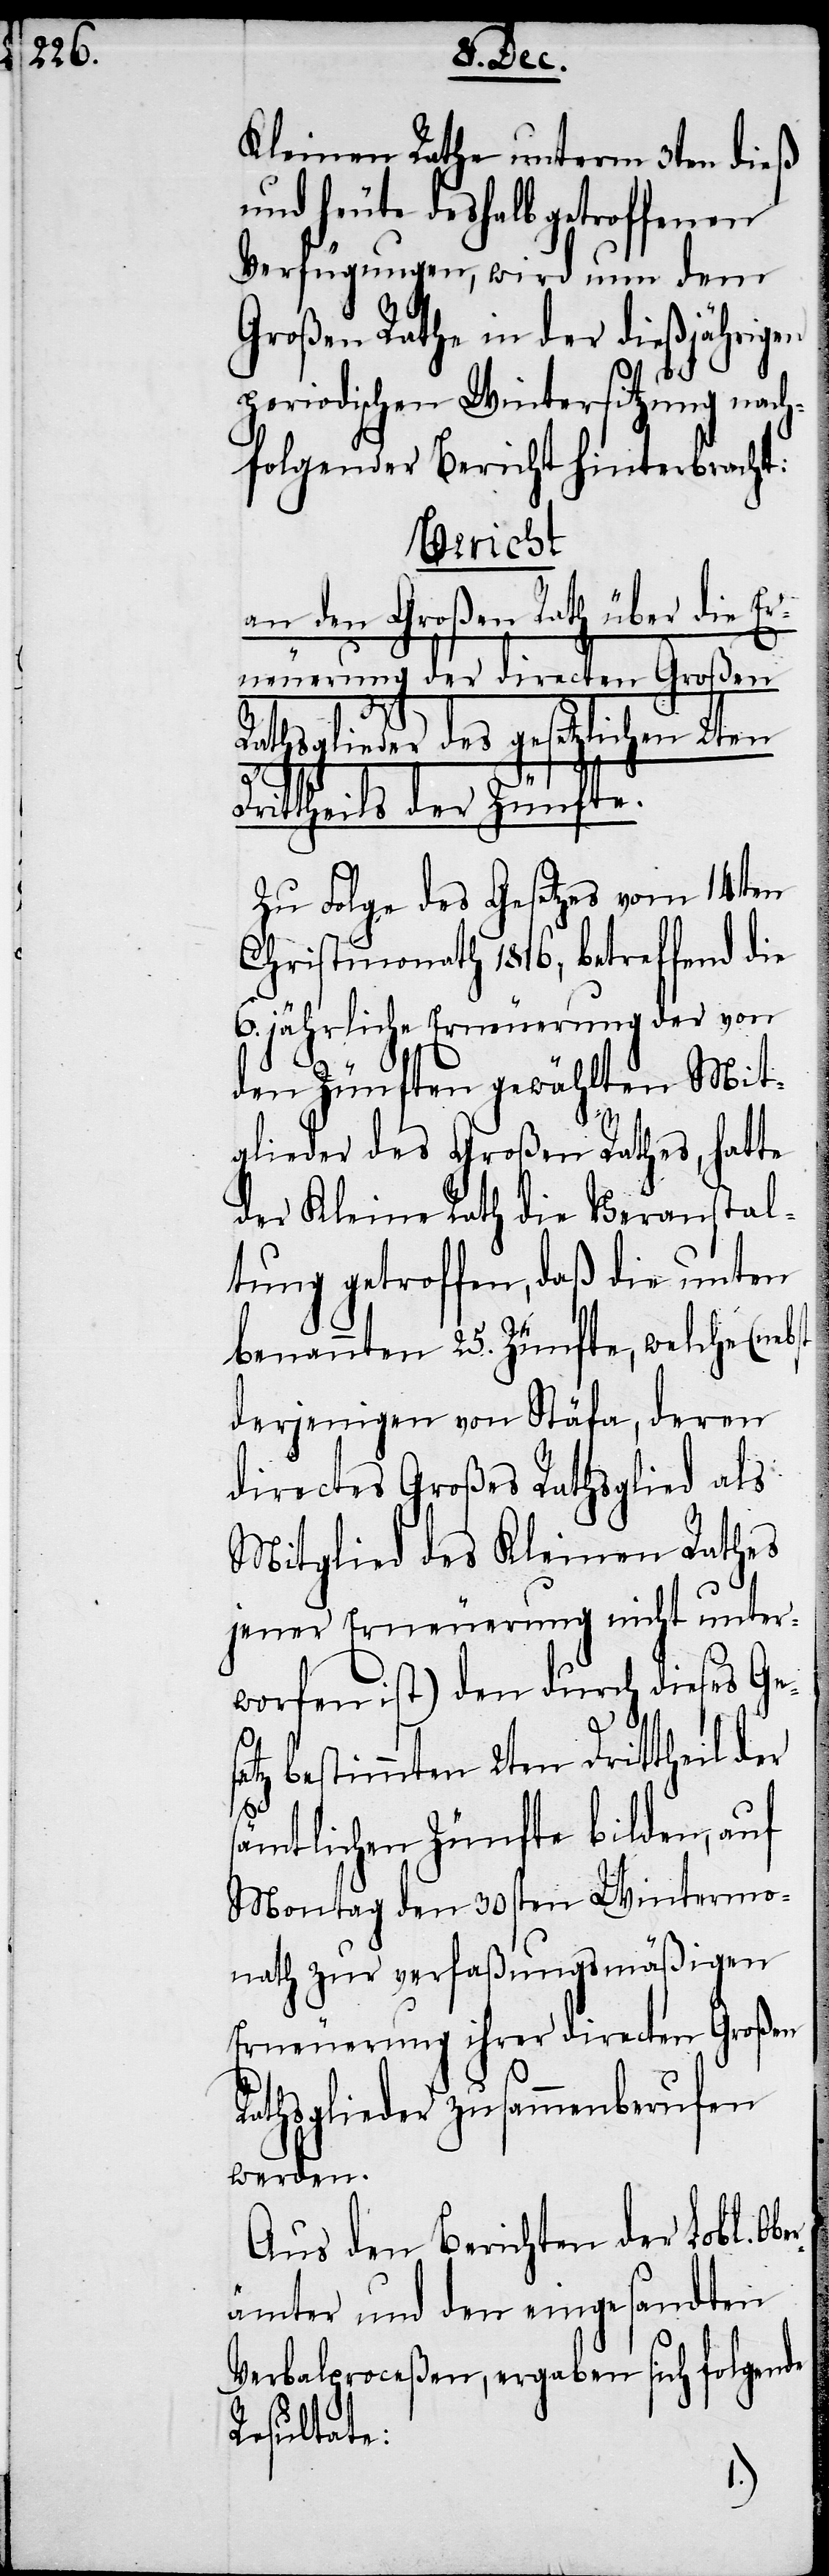
Kleinen Rathe unterm 3ten dieß
und heute deshalb getroffenen
Verfügungne, wird nun dem
Großen Rathe in der dießjährigen
periodischen Wintersitzung nach¬
folgender Bericht hinterbracht:
Bericht
an den Großen Rath über die Er¬
neuerung der directen Großen
Rathsglieder des gesetzlichen 2ten
se¬
Dirttheils der Zünfte.
Zu Folge des Gesetzes vom 14ten
Christmonath 1816, betreffend die
6. jährliche Erneuerung der von
den Zünften gewählten Mit¬
glieder des Großen Rathes, hatte
der Kleine Rath die Veranstal¬
tung getroffen, daß die unten
benannten 25. Zünfte, welche (neb¬
derjenigen von Stäfa, deren
directes Großes Rathsglied als
Mitglied des Kleinen Rathes
jener Erneuerung nicht unter¬
worfen ist) den durch dieses Ge¬
tz bestimmten 2ten Drittheil der
s¬
ämtlichen Zünfte bilden, auf
Montag den 30sten Wintermo¬
nath zur verfaßungsmäßigen
Erneuerung ihrer directen Großen
Rathsglieder zusammenberufen
werden.
Aus den Berichten der Lobl. Obe¬
rämter und den eingesandten
Verbalproceßen, ergaben sich folgende
Resultate: